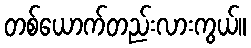
တစ်ယောက်တည်းလားကွယ်။